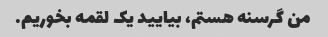
من گرسنه هستم، بیایید یک لقمه بخوریم.